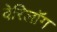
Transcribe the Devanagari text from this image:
वेरिलॉग